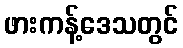
ဖားကန့်ဒေသတွင်